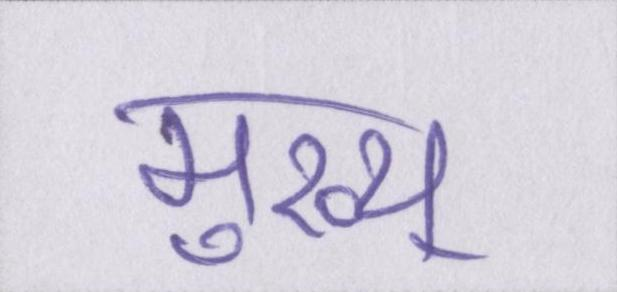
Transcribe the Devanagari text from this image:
मुख्य्